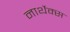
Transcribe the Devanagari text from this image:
नार्थेक्स